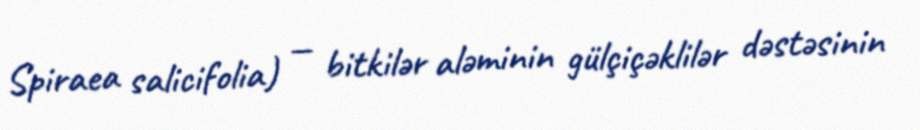
Spiraea salicifolia) — bitkilər aləminin gülçiçəklilər dəstəsinin